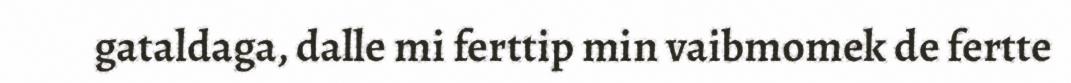
gataldaga, dalle mi ferttip min vaibmomek de fertte